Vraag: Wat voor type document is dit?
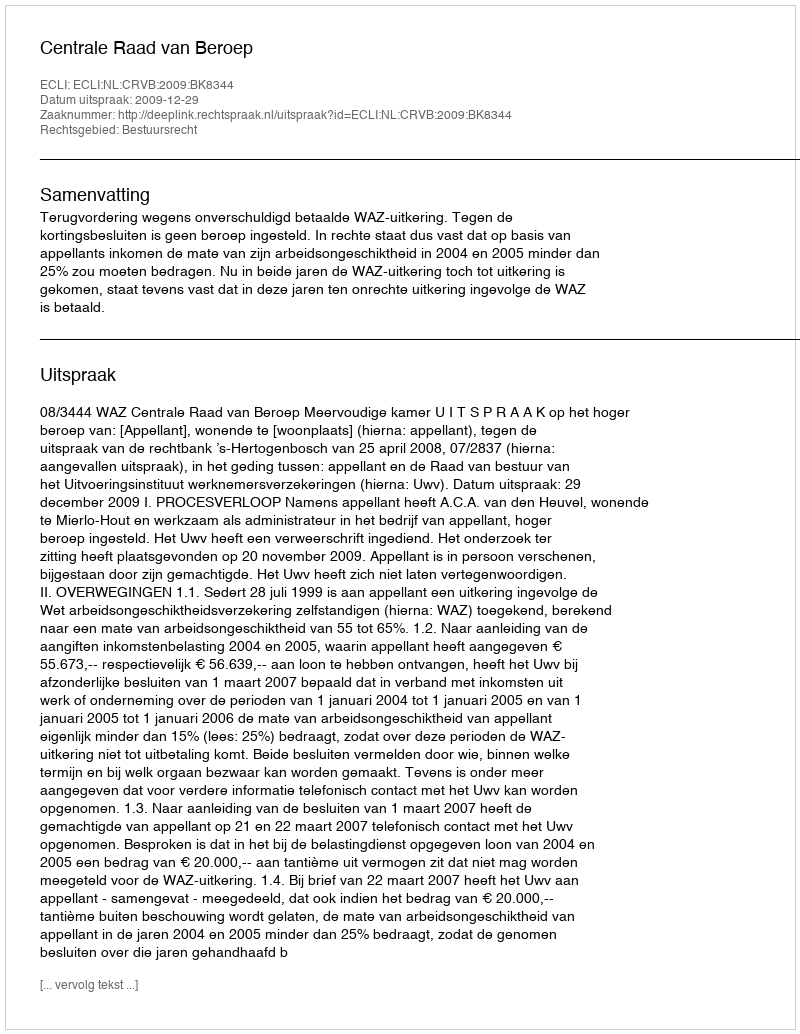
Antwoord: Uitspraak